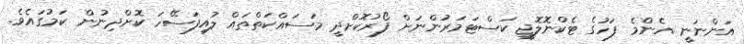
އަންނަނީ އެންމެ ފަހުގެ ޓެކްނޮލޮޖީ ކަސްޓަމަރުންނަށް ފޯރުކޮށްދީ މަސައްކަތްތައް ލުއިފަސޭހަ ކޮށްދިނުން ކަމުގައެވެ.